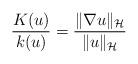
LaTeX: \begin{align*}\frac{K(u)}{k(u)}=\frac{\|\nabla u\|_\mathcal H}{\|u\|_\mathcal H}\end{align*}